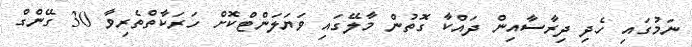
ނަމުގައި ހެދި ދިރާސާއިން ދައްކާ ގޮތުން މާލޭގައި ވަޔަލަންޓްކޮށް ހަރަކާތްތެރިވާ 30 ގޭންގް